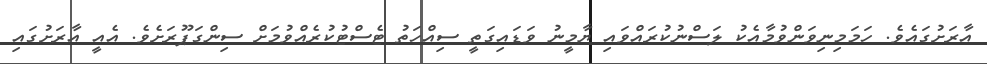
އާރަށުގައެވެ. ހަމަމިނިވަންވުމާއެކު ލަސްނުކުރައްވައި ޔާމީނު ވަޑައިގަތީ ސިއްހަތު ޓެސްޓުކުރެއްވުމަށް ސިންގަޕޫރަށެވެ. އެއީ އާރަށުގައި